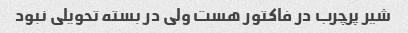
شیر پرچرب در فاکتور هست ولی در بسته تحویلی نبود